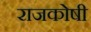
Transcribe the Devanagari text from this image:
राजकोषी